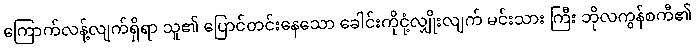
ကြောက်လန့်လျက်ရှိရာ သူ၏ ပြောင်တင်းနေသော ခေါင်းကိုငုံ့လျှိုးလျက် မင်းသား ကြီး ဘိုလကွန်စကီ၏